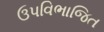
ઉપવિભાજિત